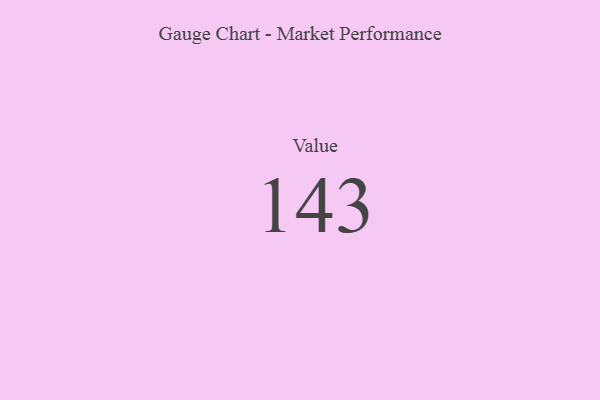
{"axis": {"x": "Metric", "y": "Value"}, "legend": [""], "data": [{"x": "Value", "y": 143, "type": ""}]}